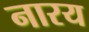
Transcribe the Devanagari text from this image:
नारय